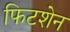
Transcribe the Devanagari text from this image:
फिटशेन